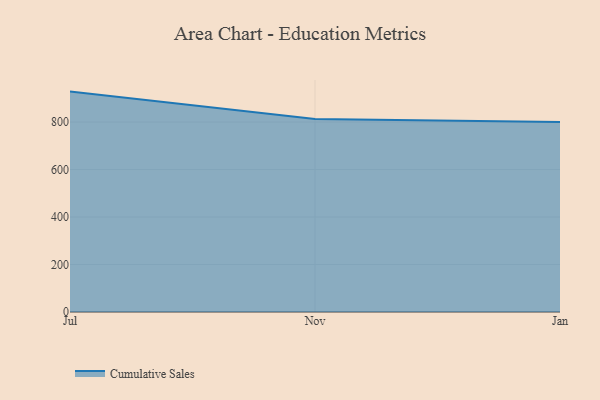
{"axis": {"x": "Month", "y": "Page Views"}, "legend": ["Cumulative Sales"], "data": [{"x": "Jul", "y": 928.2, "type": "Cumulative Sales"}, {"x": "Nov", "y": 812.6, "type": "Cumulative Sales"}, {"x": "Jan", "y": 800, "type": "Cumulative Sales"}]}